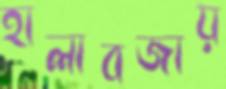
হালাবজায়